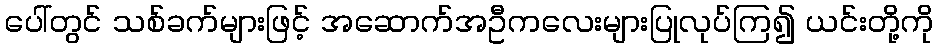
ပေါ်တွင် သစ်ခက်များဖြင့် အဆောက်အဦကလေးများပြုလုပ်ကြ၍ ယင်းတို့ကို